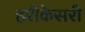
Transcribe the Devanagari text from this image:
हरीकेसरी